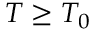
T \geq T _ { 0 }